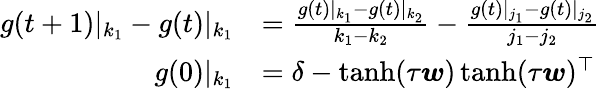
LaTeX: \begin{array}{rl}{g(t+1)|_{k_{1}}-g(t)|_{k_{1}}}&{=\frac{g(t)|_{k_{1}}-g(t)|_{k_{2}}}{k_{1}-k_{2}}-\frac{g(t)|_{j_{1}}-g(t)|_{j_{2}}}{j_{1}-j_{2}}}\\ {g(0)|_{k_{1}}}&{=\delta-\operatorname{tanh}(\tau\boldsymbol{w})\operatorname{tanh}(\tau\boldsymbol{w})^{\top}}\end{array}